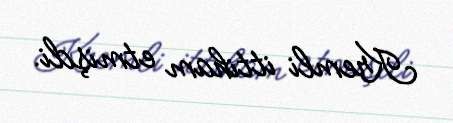
Kremli ittiham etmişdi.